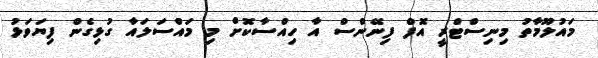
މައުލޫމާތު މިނިސްޓްރީ އޮފް ފިނޭންސް އާ ހިއްސާކޮށް މި މައްސަލައާ ގުޅިގެން ފިޔަވަޅު